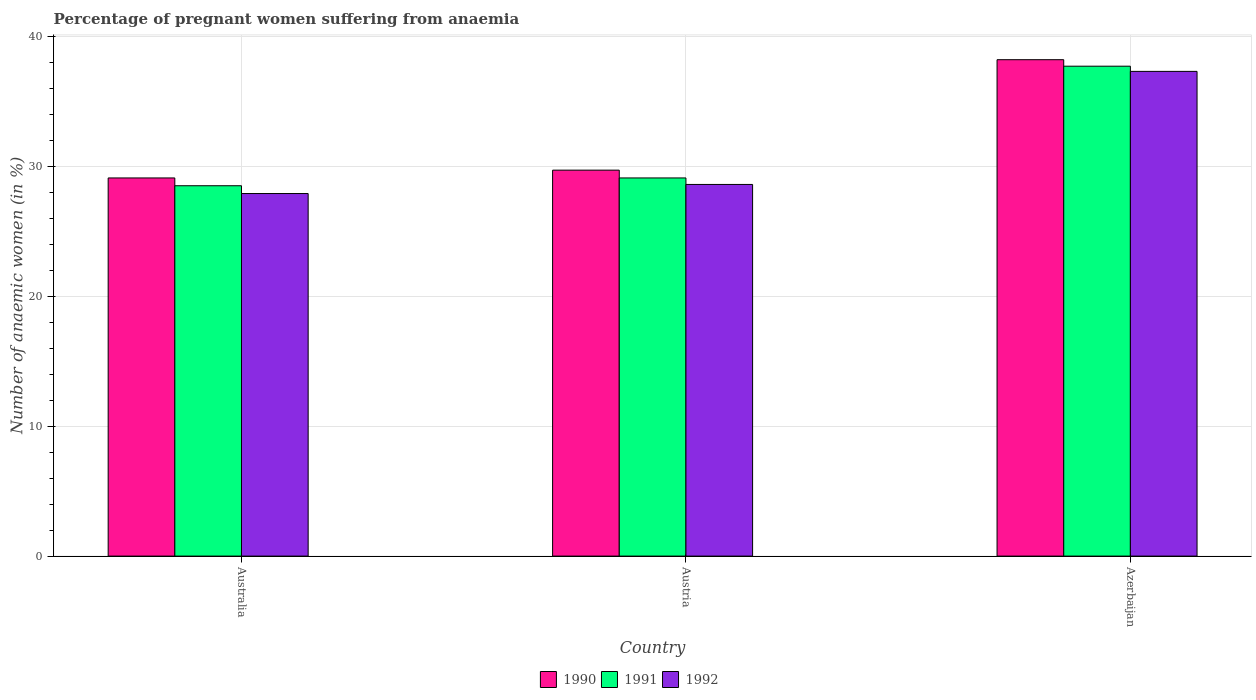
| Country | 1990 | 1991 | 1992 |
 | --- | --- | --- | --- |
 | Australia | 29.1 | 28.5 | 27.9 |
 | Austria | 29.7 | 29.1 | 28.6 |
 | Azerbaijan | 38.2 | 37.7 | 37.3 |